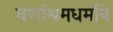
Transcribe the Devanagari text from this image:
वर्णाश्रमधर्माने